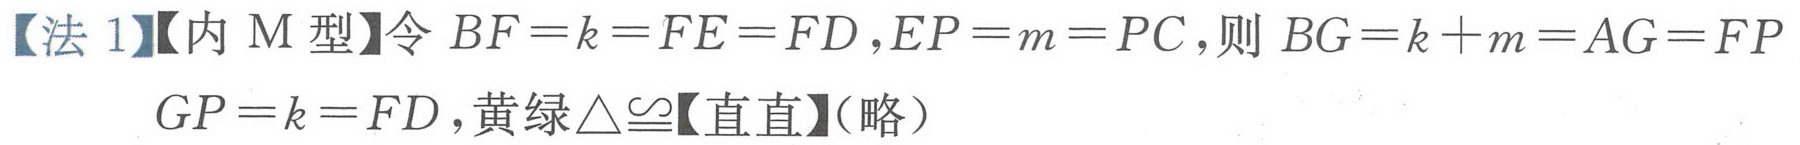
【法 1】【内 M 型】令\(BF = k=FE = FD\)，\(EP = m = PC\)，则\(BG = k + m=AG = FP\)，\(GP = k = FD\)，黄绿\(\triangle\cong\)【直直】(略）